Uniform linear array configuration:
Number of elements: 8
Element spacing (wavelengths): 0.75
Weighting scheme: uniform
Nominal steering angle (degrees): -60
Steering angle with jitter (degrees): -61.494
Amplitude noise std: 0.05
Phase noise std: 0.05

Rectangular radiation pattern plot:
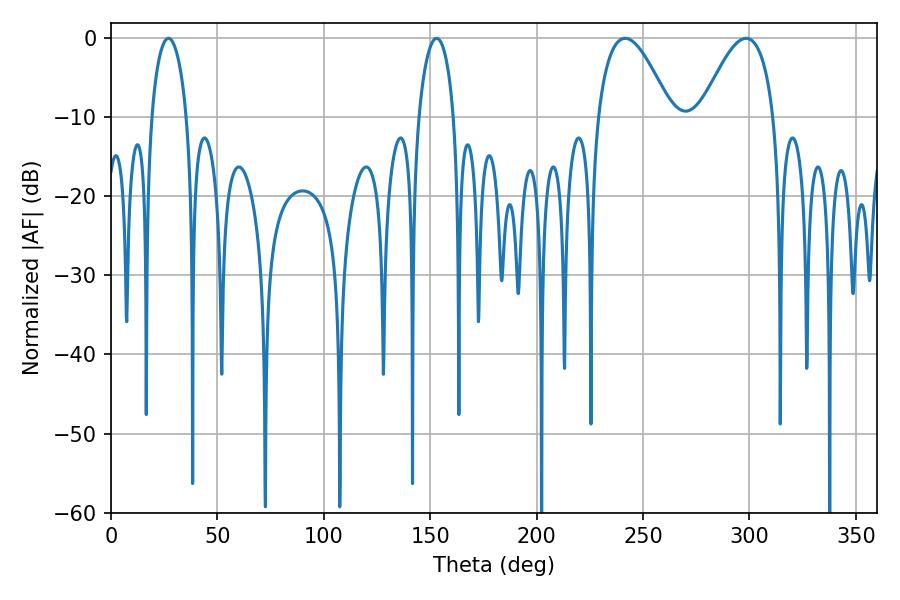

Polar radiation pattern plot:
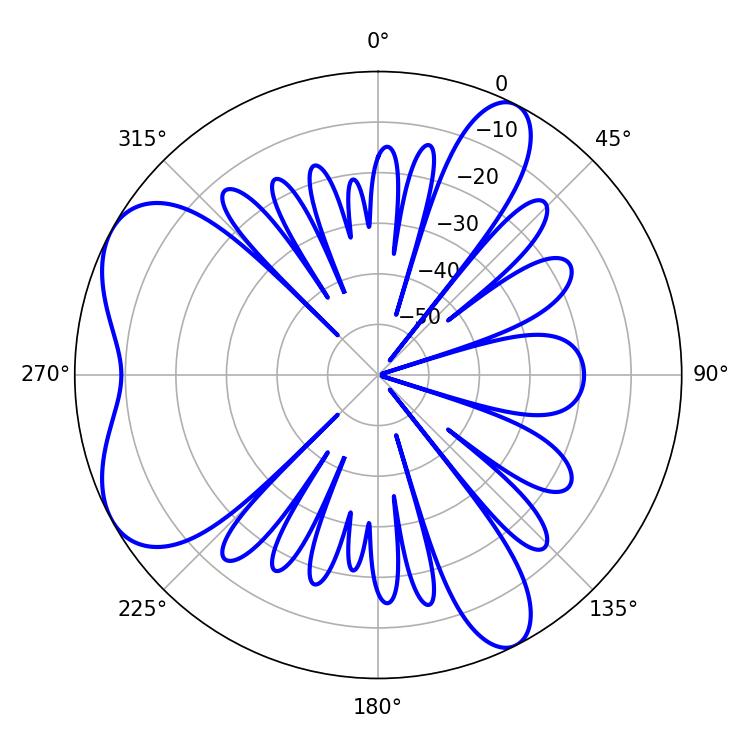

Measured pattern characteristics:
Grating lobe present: TRUE
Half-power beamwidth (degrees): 9.54
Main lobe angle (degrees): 27